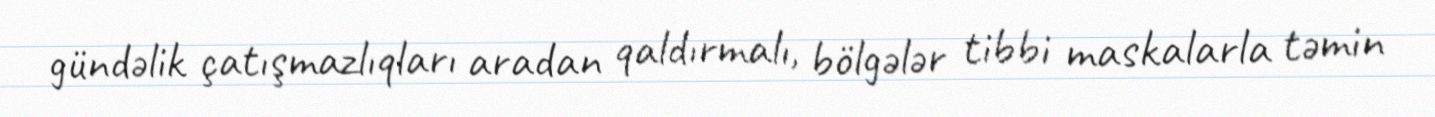
gündəlik çatışmazlıqları aradan qaldırmalı, bölgələr tibbi maskalarla təmin